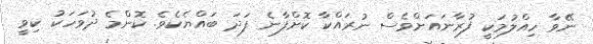
ނޭވާ ހިއްލުމަކީ ފުރާނައަށްވެސް ނުރައްކާ ކޮށްފާނެ ފަދަ ބައްޔެކެވެ. ކޮންމެ ދުވަހަކު ކިވީ